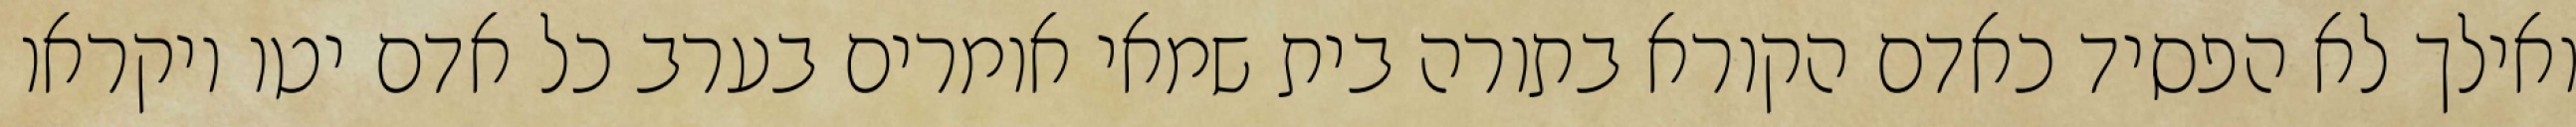
ואילך לא הפסיד כאדם הקורא בתורה בית שמאי אומרים בערב כל אדם יטו ויקראו